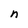
Character: n